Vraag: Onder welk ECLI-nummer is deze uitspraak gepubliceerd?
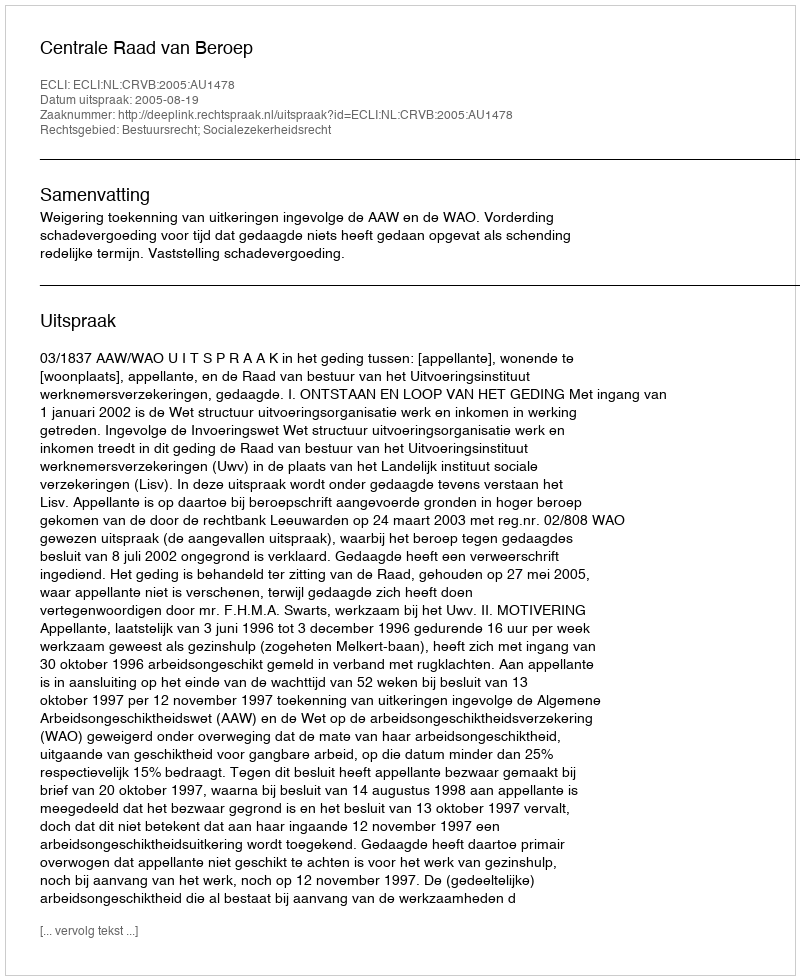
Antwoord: ECLI:NL:CRVB:2005:AU1478